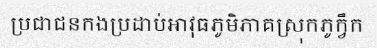
ប្រជាជនកងប្រដាប់អាវុធភូមិភាគស្រុកភូក្វឹក